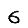
Digit: 6